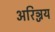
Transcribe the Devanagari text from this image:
अरिञ्जय